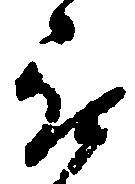
被